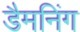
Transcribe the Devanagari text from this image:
डैमनिंग